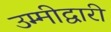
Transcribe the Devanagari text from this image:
उम्मीद्वारी